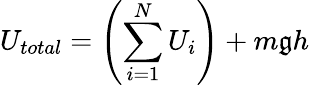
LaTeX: U_{total}=\left(\sum_{i=1}^{N}U_{i}\right)+m\mathfrak{g}h